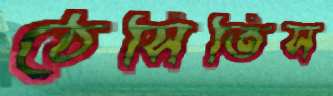
ঠেসিতিস